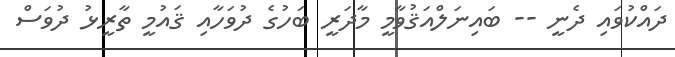
ދައްކުވައި ދެނީ -- ބައިނަލްއަޤުވާމީ މާދަރީ ބަހުގެ ދުވަހާއި ޤައުމީ ތާރީޅު ދުވަސް